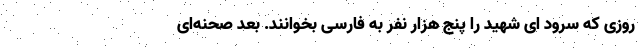
روزی که سرود ای شهید را پنج هزار نفر به فارسی بخوانند. بعد صحنه‌ای